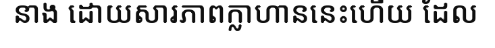
នាង ដោយសារភាពក្លាហាននេះហើយ ដែល